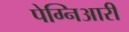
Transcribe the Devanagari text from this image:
पेग्निआरी